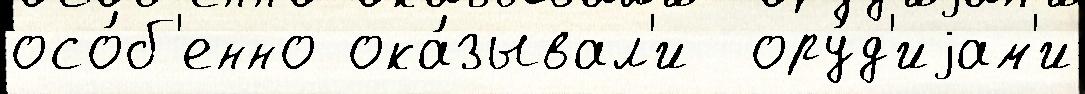
осо́б'енно ока́зывал'и  ору́д'иjам'и